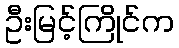
ဦးမြင့်ကြိုင်က